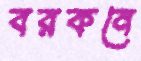
বরকনে